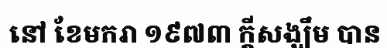
នៅ ខែមករា ១៩៧៣ ក្តីសង្ឃឹម បាន